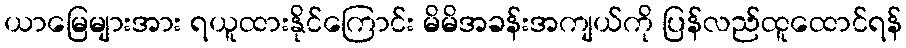
ယာမြေများအား ရယူထားနိုင်ကြောင်း မိမိအခန်းအကျယ်ကို ပြန်လည်ထူထောင်ရန်